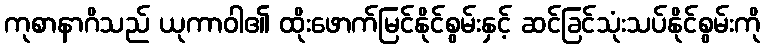
ကုစာနာဂိသည် ယုကာဝါ၏ ထိုးဖောက်မြင်နိုင်စွမ်းနှင့် ဆင်ခြင်သုံးသပ်နိုင်စွမ်းကို